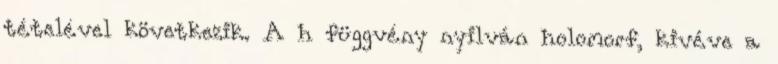
tételével következik. A h függvény nyilván holomorf, kivéve a